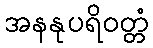
အနနုပရိဝတ္တံ